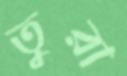
তুরা